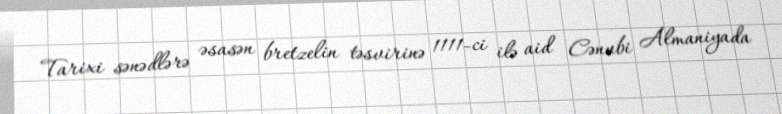
Tarixi sənədlərə əsasən bretzelin təsvirinə 1111-ci ilə aid Cənubi Almaniyada